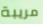
مريبة